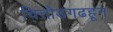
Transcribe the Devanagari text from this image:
चित्तोडगढहून